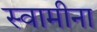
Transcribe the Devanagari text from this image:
स्वामीना